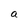
Character: a